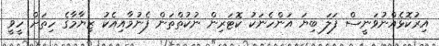
އިރުކޮޅެއްނުވަނީސް ފަލަ ބިޔަ އަންހެނަކު ކޮޓަރިން ނުކުތްތަން ފެނުމާއިއެކު ޒިޔާމާގެ ހިތަށް ހީވީ